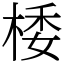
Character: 㮃